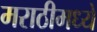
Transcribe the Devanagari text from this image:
मराठीमध्‍ये